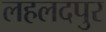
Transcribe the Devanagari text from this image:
लहलदपुर